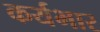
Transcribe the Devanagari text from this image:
कर्यभार